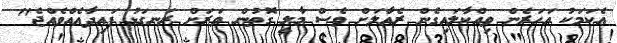
އެކަމަކު އަހަރެން ވިއްކާލައިގެން ރެއާލަށް ވެސް މާލީ ގޮތުން ވަރަށް ރަނގަޅު ފައިދާއެއްވެއްޖެ"